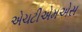
એચટીએમએસ